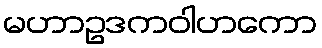
မဟာဥဒကဝါဟကော